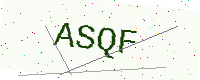
Text: ASQF